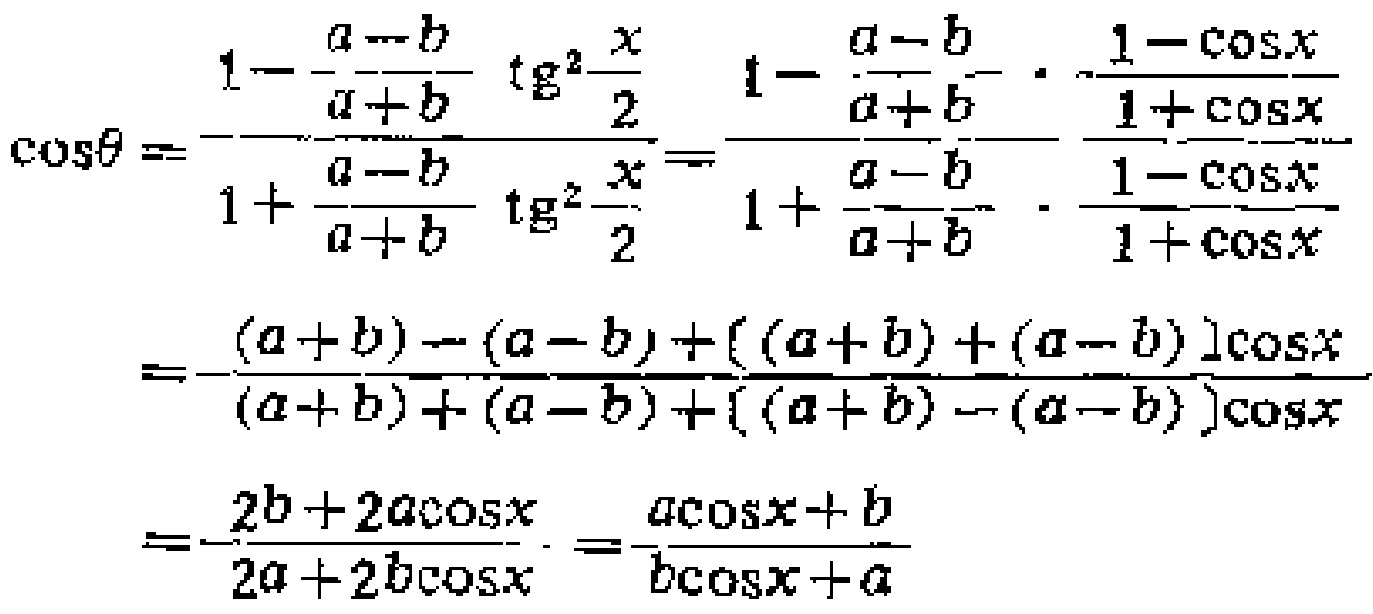
\[\cos\theta=\frac{1 - \frac{a - b}{a + b}\tg^{2}\frac{x}{2}}{1+\frac{a - b}{a + b}\tg^{2}\frac{x}{2}}=\frac{1 - \frac{a - b}{a + b}\cdot\frac{1-\cos x}{1+\cos x}}{1+\frac{a - b}{a + b}\cdot\frac{1-\cos x}{1+\cos x}}=\frac{(a + b)-(a - b)+((a + b)+(a - b))\cos x}{(a + b)+(a - b)+((a + b)-(a - b))\cos x}=\frac{2b + 2a\cos x}{2a+2b\cos x}=\frac{a\cos x + b}{b\cos x + a}\]